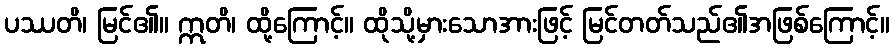
ပဿတိ၊ မြင်၏။ ဣတိ၊ ထို့ကြောင့်။ ထိုသို့မှားသောအားဖြင့် မြင်တတ်သည်၏အဖြစ်ကြောင့်။